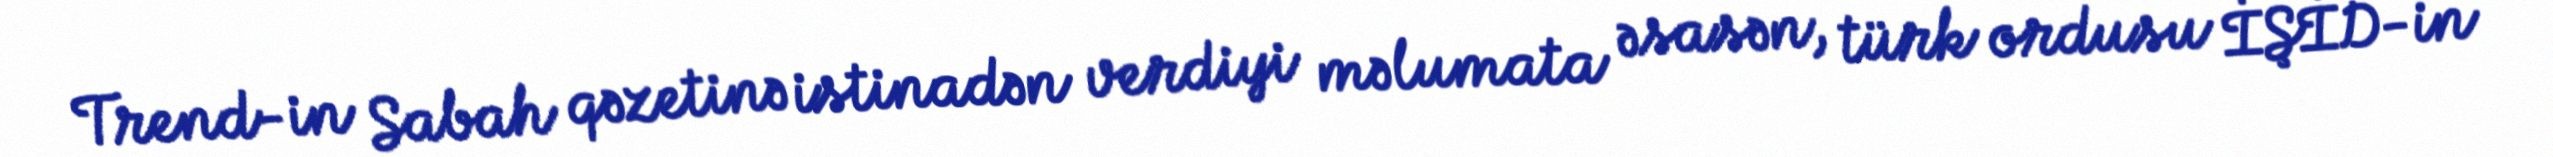
Trend-in Sabah qəzetinə istinadən verdiyi məlumata əsasən, türk ordusu İŞİD-in